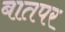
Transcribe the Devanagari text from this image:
बातपर